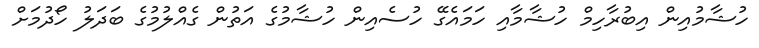
ހުޝާމުއިން އިބުރާހިމް ހުޝާމާއި ހަމައެގޭ ހުސެއިން ހުޝާމުގެ އަތުން ގެއްލުމުގެ ބަދަލު ހޯދުމަށް